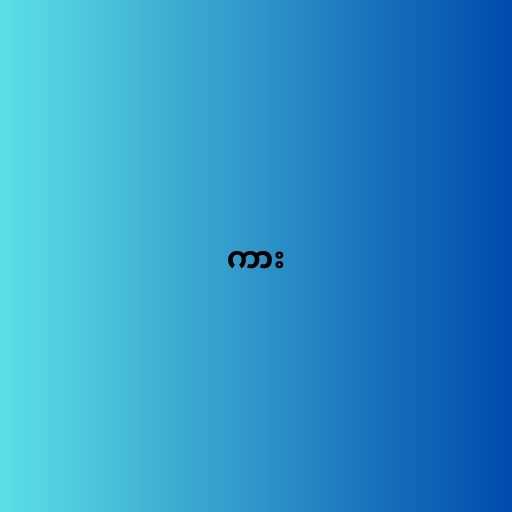
ကား